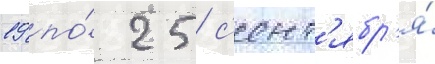
19 по́ 25 с'ент'ябр'я́